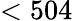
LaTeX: <504